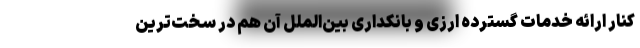
کنار ارائه خدمات گسترده ارزی و بانکداری بین‌الملل آن هم در سخت‌ترین